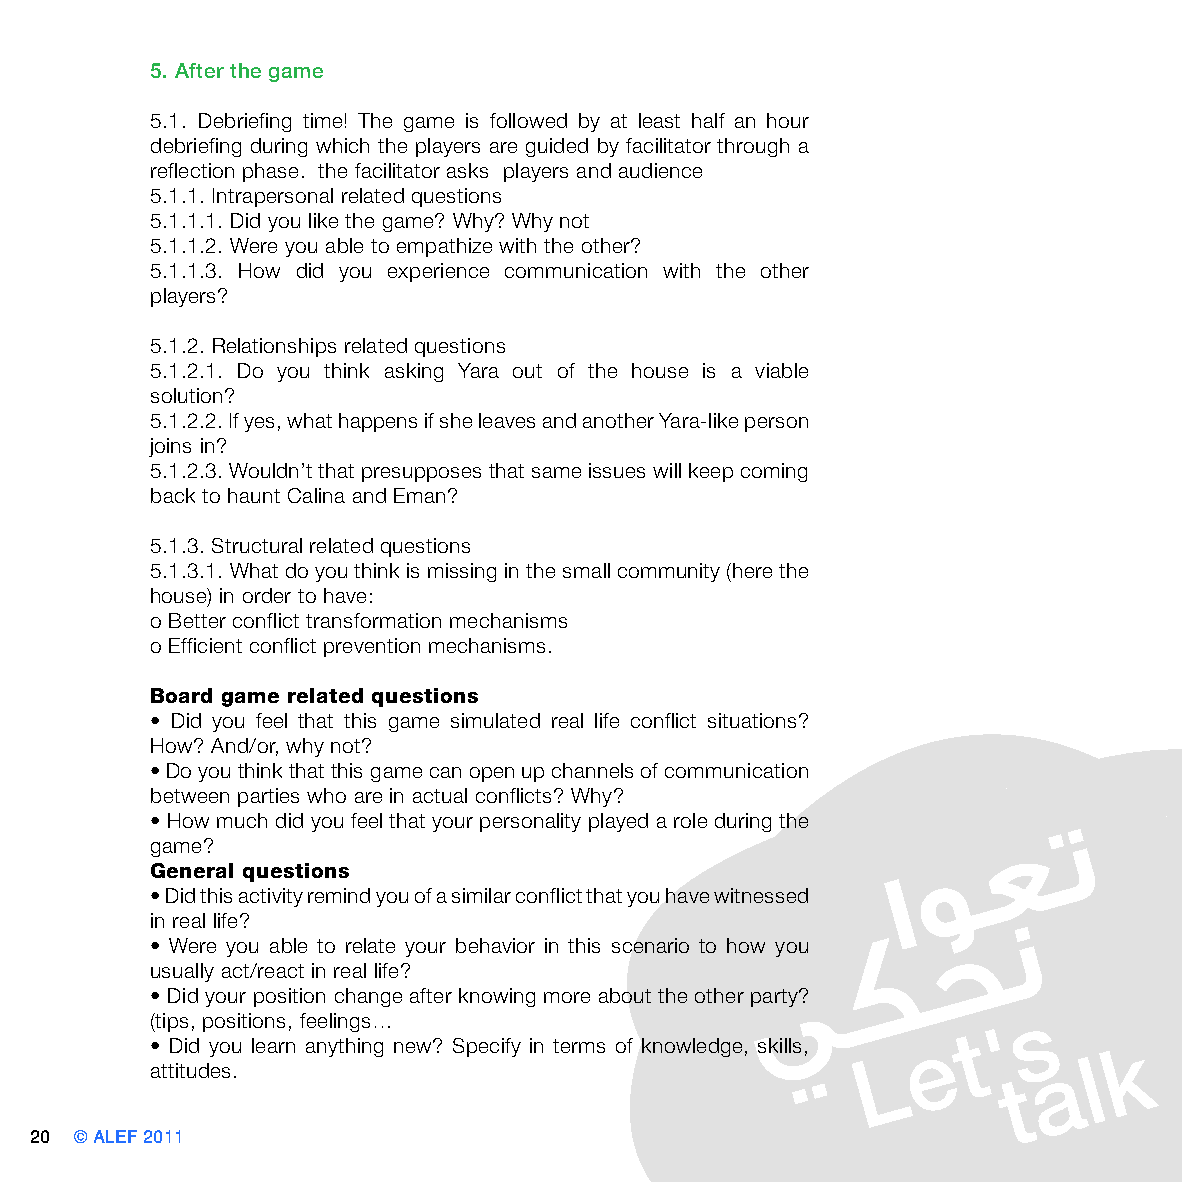
5. After the game
 5.1. Debriefing time! The game is followed by at least half an hour
 debriefing during which the players are guided by facilitator through a
 reflection phase. the facilitator asks players and audience
 5.1.1. Intrapersonal related questions
 5.1.1.1. Did you like the game? Why? Why not
 5.1.1.2. Were you able to empathize with the other?
 5.1.1.3. How did you experience communication with the other
 players?
 5.1.2. Relationships related questions
 5.1.2.1. Do you think asking Yara out of the house is a viable
 solution?
 5.1.2.2. If yes, what happens if she leaves and another Yara-like person
 joins in?
 5.1.2.3. Wouldn’t that presupposes that same issues will keep coming
 back to haunt Calina and Eman?
 5.1.3. Structural related questions
 5.1.3.1. What do you think is missing in the small community (here the
 house) in order to have:
 o Better conflict transformation mechanisms
 o Efficient conflict prevention mechanisms.
 Board game related questions
 • Did you feel that this game simulated real life conflict situations?
 How? And/or, why not?
 • Do you think that this game can open up channels of communication
 between parties who are in actual conflicts? Why?
 • How much did you feel that your personality played a role during the
 game?
 General questions
 • Did this activity remind you of a similar conflict that you have witnessed
 in real life?
 • Were you able to relate your behavior in this scenario to how you
 usually act/react in real life?
 • Did your position change after knowing more about the other party?
 (tips, positions, feelings…
 • Did you learn anything new? Specify in terms of knowledge, skills,
 attitudes.
 20 © ALEF 2011